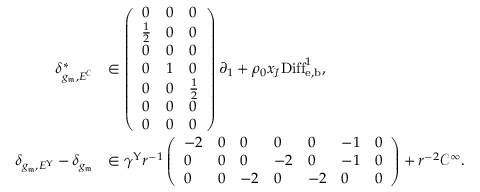
\begin{array} { r l } { \delta _ { g _ { \mathfrak { m } } , E ^ { \mathcal C } } ^ { * } } & { \in \left( \begin{array} { l l l } { 0 } & { 0 } & { 0 } \\ { { \frac { 1 } { 2 } } } & { 0 } & { 0 } \\ { 0 } & { 0 } & { 0 } \\ { 0 } & { 1 } & { 0 } \\ { 0 } & { 0 } & { { \frac { 1 } { 2 } } } \\ { 0 } & { 0 } & { 0 } \\ { 0 } & { 0 } & { 0 } \end{array} \right) \partial _ { 1 } + \rho _ { 0 } x _ { \! \mathscr I } \mathrm { D i f f } _ { \mathrm { e , b } } ^ { 1 } , } \\ { \delta _ { g _ { \mathfrak { m } } , E ^ { \Upsilon } } - \delta _ { g _ { \mathfrak { m } } } } & { \in \gamma ^ { \Upsilon } r ^ { - 1 } \left( \begin{array} { l l l l l l l } { - 2 } & { 0 } & { 0 } & { 0 } & { 0 } & { - 1 } & { 0 } \\ { 0 } & { 0 } & { 0 } & { - 2 } & { 0 } & { - 1 } & { 0 } \\ { 0 } & { 0 } & { - 2 } & { 0 } & { - 2 } & { 0 } & { 0 } \end{array} \right) + r ^ { - 2 } \mathcal C ^ { \infty } . } \end{array}